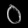
Digit: ၀